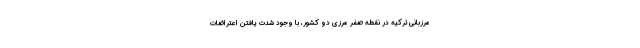
مرزباني تركيه در نقطه صفر مرزي دو كشور، با وجود شدت يافتن اعتراضات